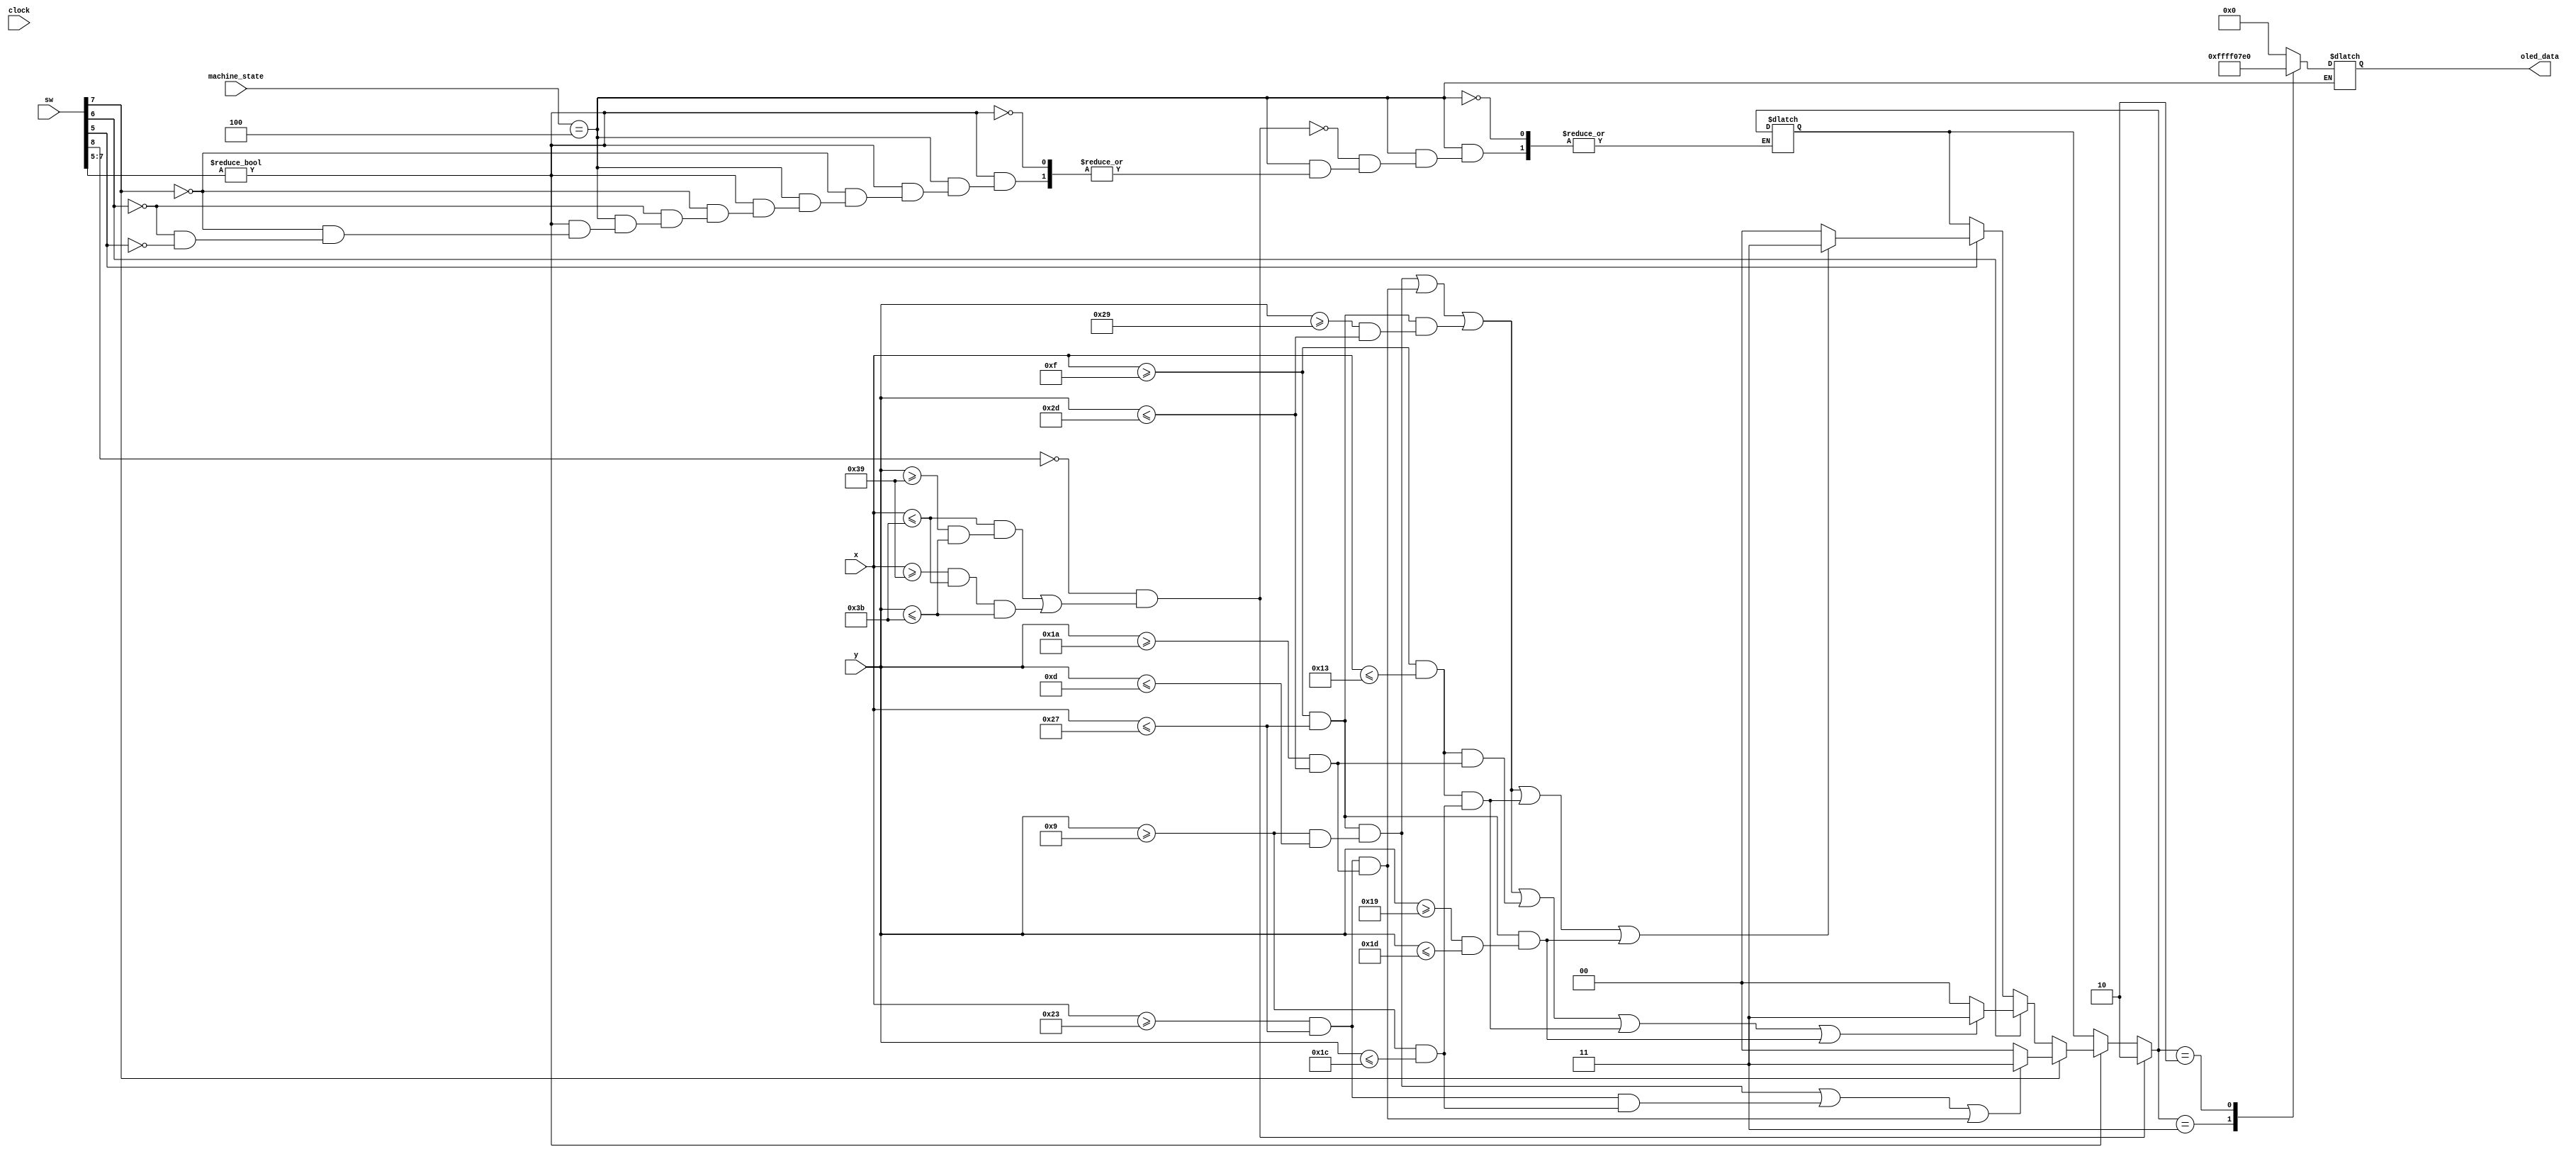
`timescale 1ns / 1ps

module oled_indiv_task(
    input clock, input [15:0] sw,
    input [6:0] x, y,
    input [3:0] machine_state,
    output reg [15:0] oled_data = 0
    );

    reg [1:0] color; // white, green, red, black
    
    // Green Lines
    // sw[8] controls display of green lines
    wire border1, border2, border;
    assign border1 = ((x <= 59) && (y >= 57 && y <= 59));
    assign border2 = ((x >= 57 && x <= 59) && (y <= 59));
    assign border = border1 || border2;

    // We simulate a 7-segment display
    wire [6:0] oled_seg;

    assign oled_seg[0] = (x >= 15 && x <= 39) && (y >= 9 && y <= 13);
    assign oled_seg[1] = (x >= 35 && x <= 39) && (y >= 9 && y <= 28);
    assign oled_seg[2] = (x >= 35 && x <= 39) && (y >= 26 && y <= 45);
    assign oled_seg[3] = (x >= 15 && x <= 39) && (y >= 41 && y <= 45);
    assign oled_seg[4] = (x >= 15 && x <= 19) && (y >= 26 && y <= 45);
    assign oled_seg[5] = (x >= 15 && x <= 19) && (y >= 9 && y <= 28);
    assign oled_seg[6] = (x >= 15 && x <= 39) && (y >= 25 && y <= 29);

    wire [9:0] num;

    assign num[0] = oled_seg[0] || oled_seg[1] || oled_seg[2] || oled_seg[3] || oled_seg[4] || oled_seg[5];
    assign num[1] = oled_seg[1] || oled_seg[2];
    assign num[2] = oled_seg[0] || oled_seg[1] || oled_seg[3] || oled_seg[4] || oled_seg[6];
    assign num[3] = oled_seg[0] || oled_seg[1] || oled_seg[2] || oled_seg[3] || oled_seg[6];
    assign num[4] = oled_seg[1] || oled_seg[2] || oled_seg[5] || oled_seg[6];
    assign num[5] = oled_seg[0] || oled_seg[2] || oled_seg[3] || oled_seg[5] || oled_seg[6];
    assign num[6] = oled_seg[0] || oled_seg[2] || oled_seg[3] || oled_seg[4] || oled_seg[5] || oled_seg[6];
    assign num[7] = oled_seg[0] || oled_seg[1] || oled_seg[2];
    assign num[8] = oled_seg[0] || oled_seg[1] || oled_seg[2] || oled_seg[3] || oled_seg[4] || oled_seg[5] || oled_seg[6];
    assign num[9] = oled_seg[0] || oled_seg[1] || oled_seg[2] || oled_seg[3] || oled_seg[5] || oled_seg[6];

    always @ (*) begin
        if (machine_state == 4'd4) begin
            if (sw[7:5]) begin
                if (sw[7])
                    color = num[7] ? 2'b11 : 2'b00;
                else if (sw[6])
                    color = num[6] ? 2'b11 : 2'b00;
                else if (sw[5])
                    color = num[5] ? 2'b11 : 2'b00;
            end

            if (!sw[8] && border)
                color = 2'b10;
            
            case (color)
                2'b11: oled_data = 16'hFFFF;
                2'b10: oled_data = 16'h07E0;
                2'b00: oled_data = 16'h0000;
                default: oled_data = 16'h0000;
            endcase
        end
    end
endmodule